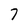
Character: 7